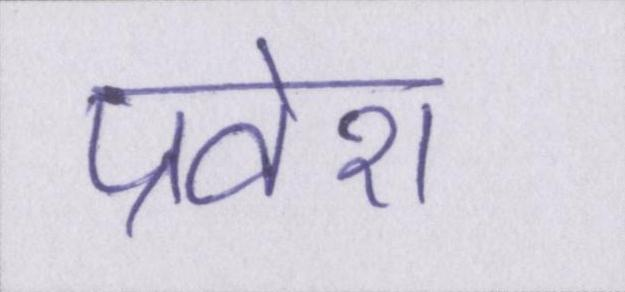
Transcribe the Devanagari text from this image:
प्रवेश